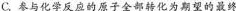
C.参与化学反应的原子全部转化为期望的最终